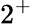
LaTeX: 2^{+}